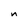
Character: n